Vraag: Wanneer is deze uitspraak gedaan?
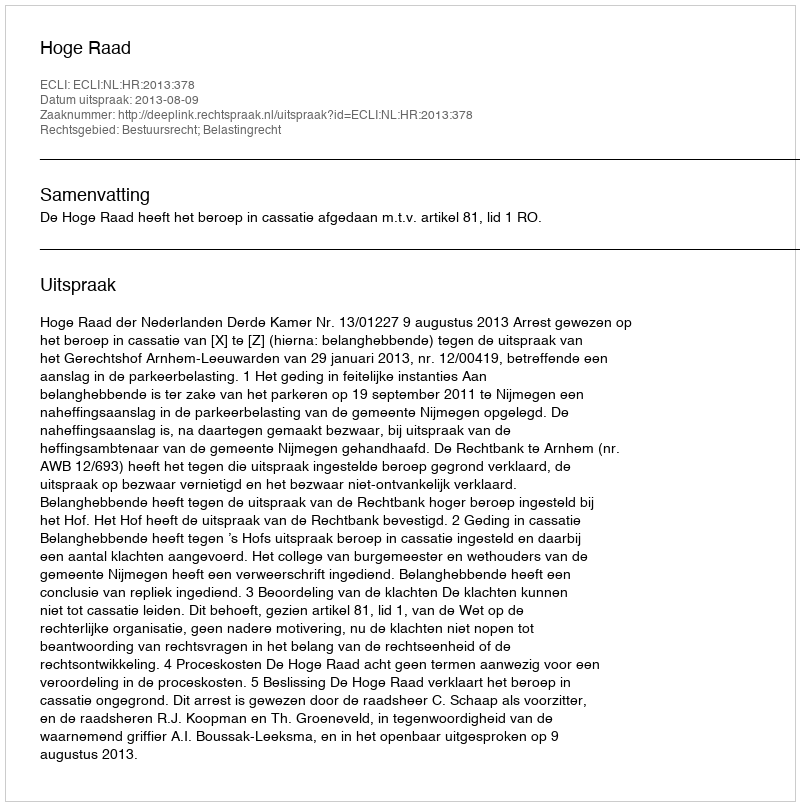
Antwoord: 2013-08-09